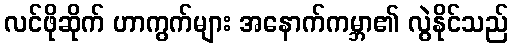
လင်ဖိုဆိုက် ဟာကွက်များ အနောက်ကမ္ဘာ၏ လွဲနိုင်သည်